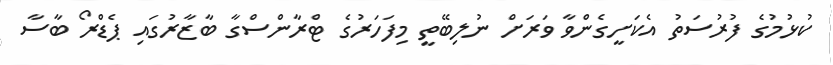
ކުޅުމުގެ ފުރުސަތު އެކަށީގެންވާ ވަރަށް ނުލިބޭތީ މިފަހަރުގެ ޓްރާންސްގާ ބާޒާރުގައި ޕެޑްރޯ ބާސާ